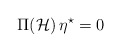
\begin{align*}\Pi({\mathcal{H}})\, \eta^\star =0\end{align*}